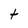
Character: t